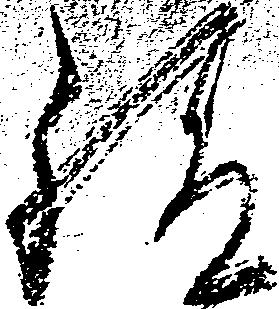
給